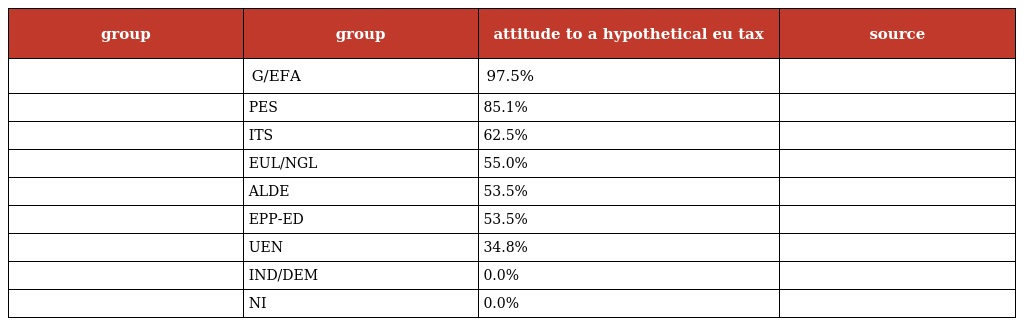
| group | group | attitude to a hypothetical eu tax | source |
 | --- | --- | --- | --- |
 |  | G/EFA | 97.5% |  |
 |  | PES | 85.1% |  |
 |  | ITS | 62.5% |  |
 |  | EUL/NGL | 55.0% |  |
 |  | ALDE | 53.5% |  |
 |  | EPP-ED | 53.5% |  |
 |  | UEN | 34.8% |  |
 |  | IND/DEM | 0.0% |  |
 |  | NI | 0.0% |  |